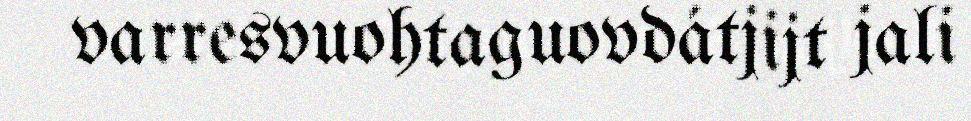
varresvuohtaguovdátjijt jali